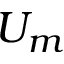
U _ { m }